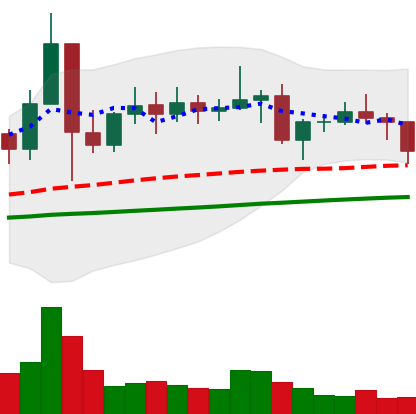
Ticker: ETC-USD
Chart end date: 2021-01-27
Forward return: 8.815%
Label: up_7plus